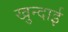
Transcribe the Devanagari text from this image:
खुन्दाई